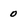
Character: 0